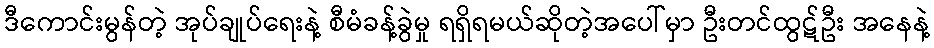
ဒီကောင်းမွန်တဲ့ အုပ်ချုပ်ရေးနဲ့ စီမံခန့်ခွဲမှု ရရှိရမယ်ဆိုတဲ့အပေါ်မှာ ဦးတင်ထွဋ်ဦး အနေနဲ့